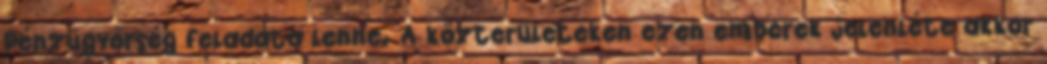
Pénzügyőrség feladata lenne. A közterületeken ezen emberek jelenléte akkor